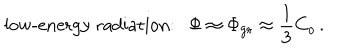
\mathrm { l o w - e n e r g y ~ r a d i a t i o n : } \Phi \approx \Phi _ { \mathrm { g r } } \approx { \frac { 1 } { 3 } } C _ { o } \, .